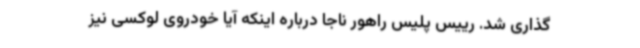
‌گذاری شد. رییس پلیس راهور ناجا درباره اینکه آیا خودروی لوکسی نیز